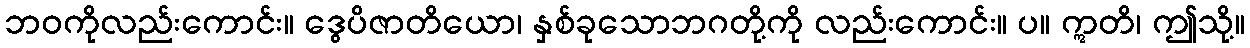
ဘဝကိုလည်းကောင်း။ ဒွေပိဇာတိယော၊ နှစ်ခုသောဘဂတို့ကို လည်းကောင်း။ ပ။ ဣတိ၊ ဤသို့။